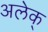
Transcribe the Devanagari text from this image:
अलेक्